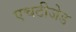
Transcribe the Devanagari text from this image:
एचटीजेड